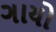
ગાયો